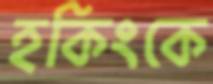
হকিংকে